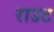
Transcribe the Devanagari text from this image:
राउट